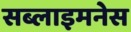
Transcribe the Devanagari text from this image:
सब्लाइमनेस